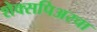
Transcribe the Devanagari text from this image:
शेक्सपिअरचा